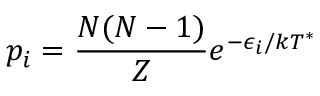
p _ { i } = \frac { N ( N - 1 ) } { Z } e ^ { - \epsilon _ { i } / k T ^ { * } }